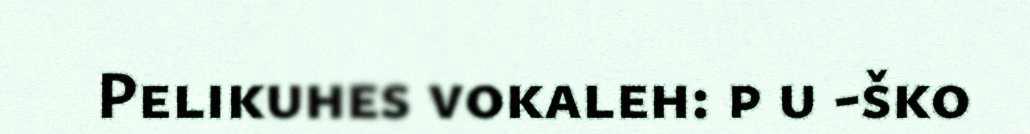
Pelikuhes vokaleh: p u -ško